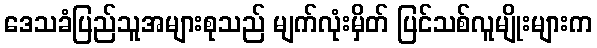
ဒေသခံပြည်သူအများစုသည် မျက်လုံးမှိတ် ပြင်သစ်လူမျိုးများက